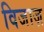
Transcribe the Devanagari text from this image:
विजाज़